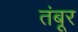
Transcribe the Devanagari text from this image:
तंबूर